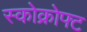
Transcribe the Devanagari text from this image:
स्कोक्रोफ्ट